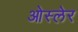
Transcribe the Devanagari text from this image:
ओस्लेर